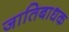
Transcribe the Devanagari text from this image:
जातिबाधक